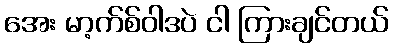
အေး မာ့က်စ်ဝါဒပဲ ငါ ကြားချင်တယ်